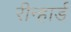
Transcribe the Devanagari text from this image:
रीन्हार्ड